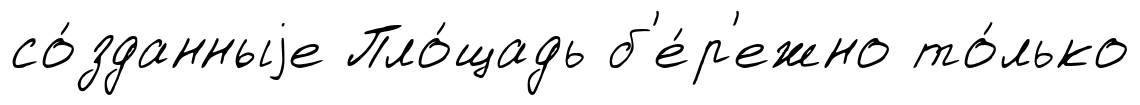
со́зданныjе Пло́щадь б'е́р'ежно то́лько